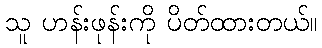
သူ ဟန်းဖုန်းကို ပိတ်ထားတယ်။